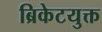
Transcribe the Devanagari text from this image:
ब्रिकेटयुक्त